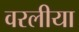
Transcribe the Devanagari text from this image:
वरलीया